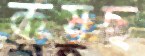
কষছ